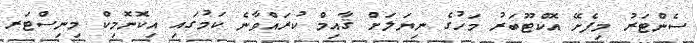
ސެންޓަރު މިފެށޭ އޮކްޓޫބަރު މަހުގެ ނިޔަލަށް ޤާއިމް ކުރައްވާނެ ކަމުގައި އިކޮނޮމިކް މިނިސްޓަރ